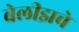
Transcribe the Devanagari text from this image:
बेलीझचे